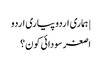
| ہماری اردو پیاری اردو
اصغر سودائی کون؟